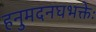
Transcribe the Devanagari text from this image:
हनुमदनघभक्तेः